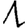
Digit: 1